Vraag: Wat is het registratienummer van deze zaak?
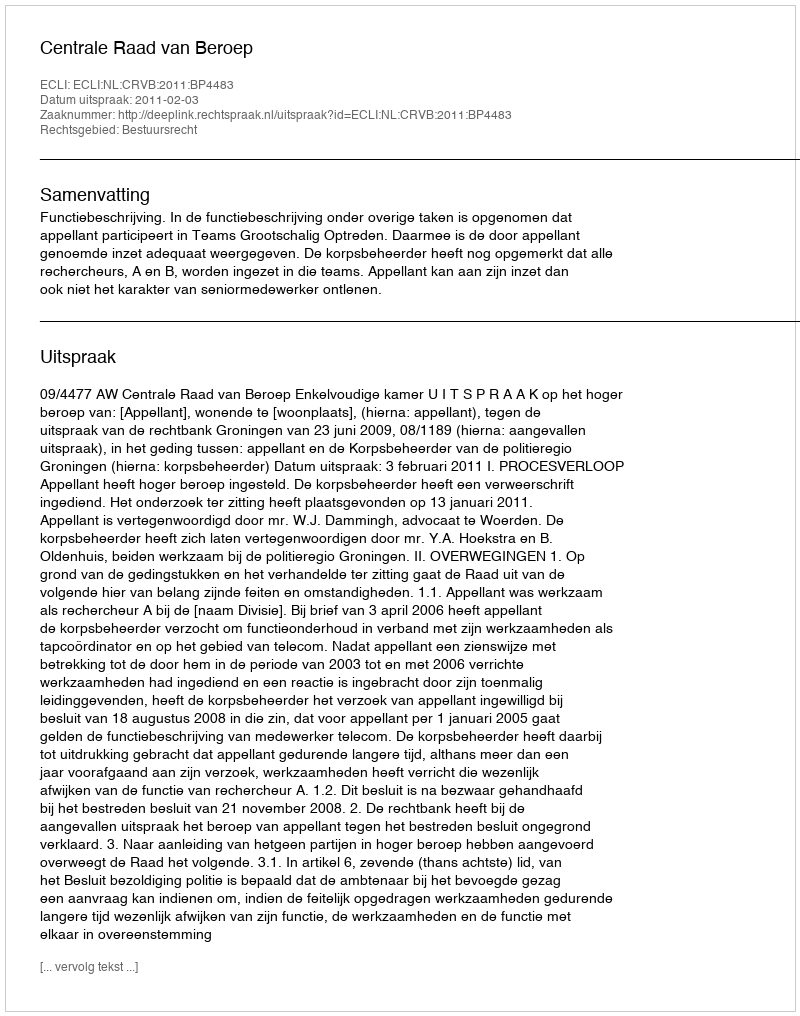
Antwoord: http://deeplink.rechtspraak.nl/uitspraak?id=ECLI:NL:CRVB:2011:BP4483